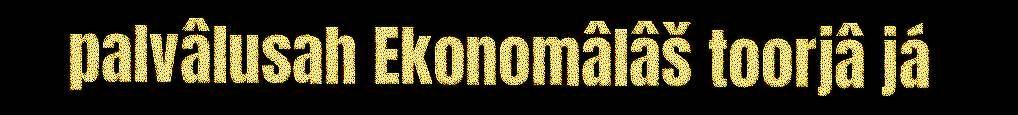
palvâlusah Ekonomâlâš toorjâ já